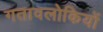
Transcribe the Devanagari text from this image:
गतावलोकियों